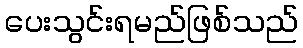
ပေးသွင်းရမည်ဖြစ်သည်